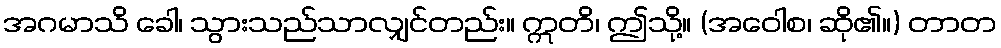
အဂမာသိ ခေါ၊ သွားသည်သာလျှင်တည်း။ ဣတိ၊ ဤသို့။ (အဝေါစ၊ ဆို၏။) တာတ